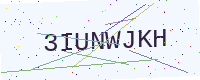
Text: 3IUNWJKH